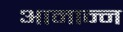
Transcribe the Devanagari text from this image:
आमान्न